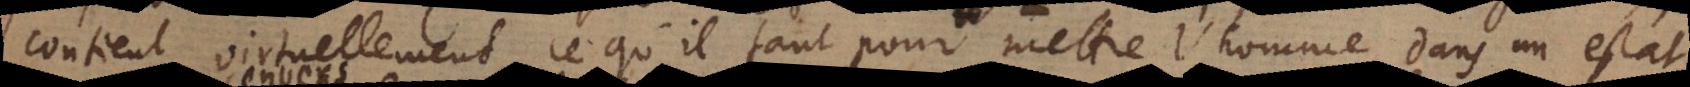
contient virtuellement ce qu’il faut pour mettre l’homme dans un estat